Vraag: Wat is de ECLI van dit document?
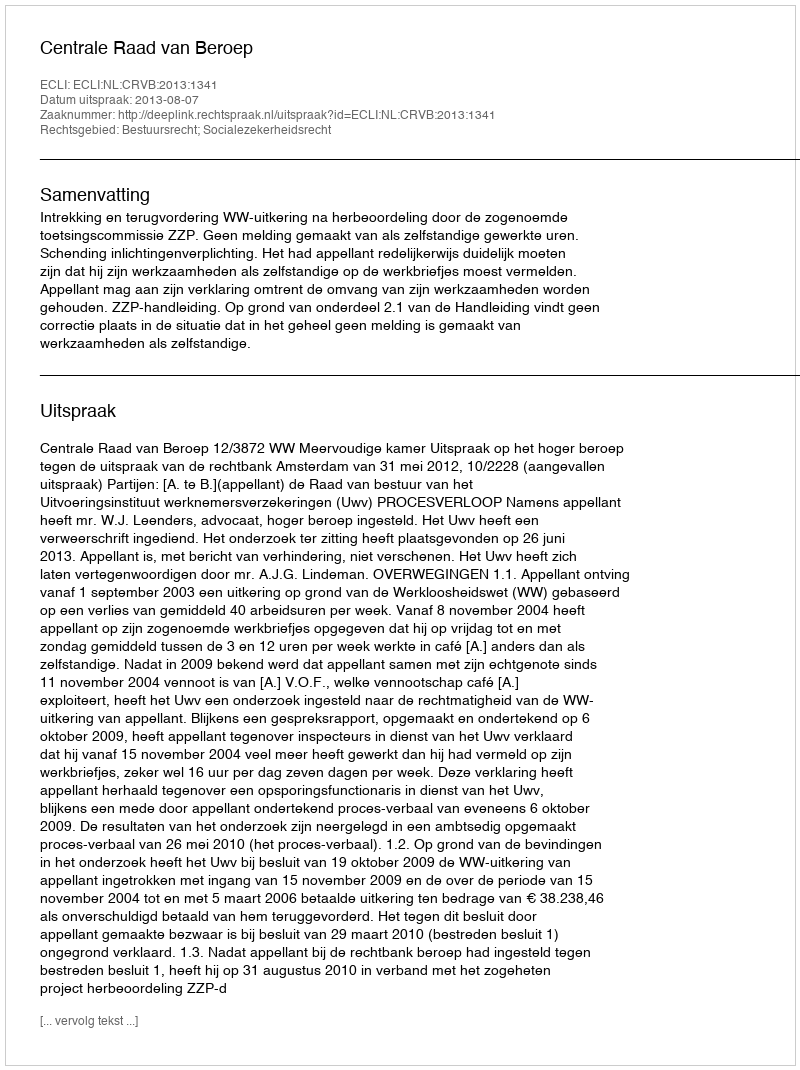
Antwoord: ECLI:NL:CRVB:2013:1341